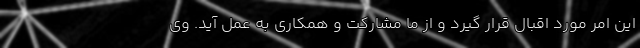
این امر مورد اقبال قرار گیرد و از ما مشارکت و همکاری به عمل آید. وی